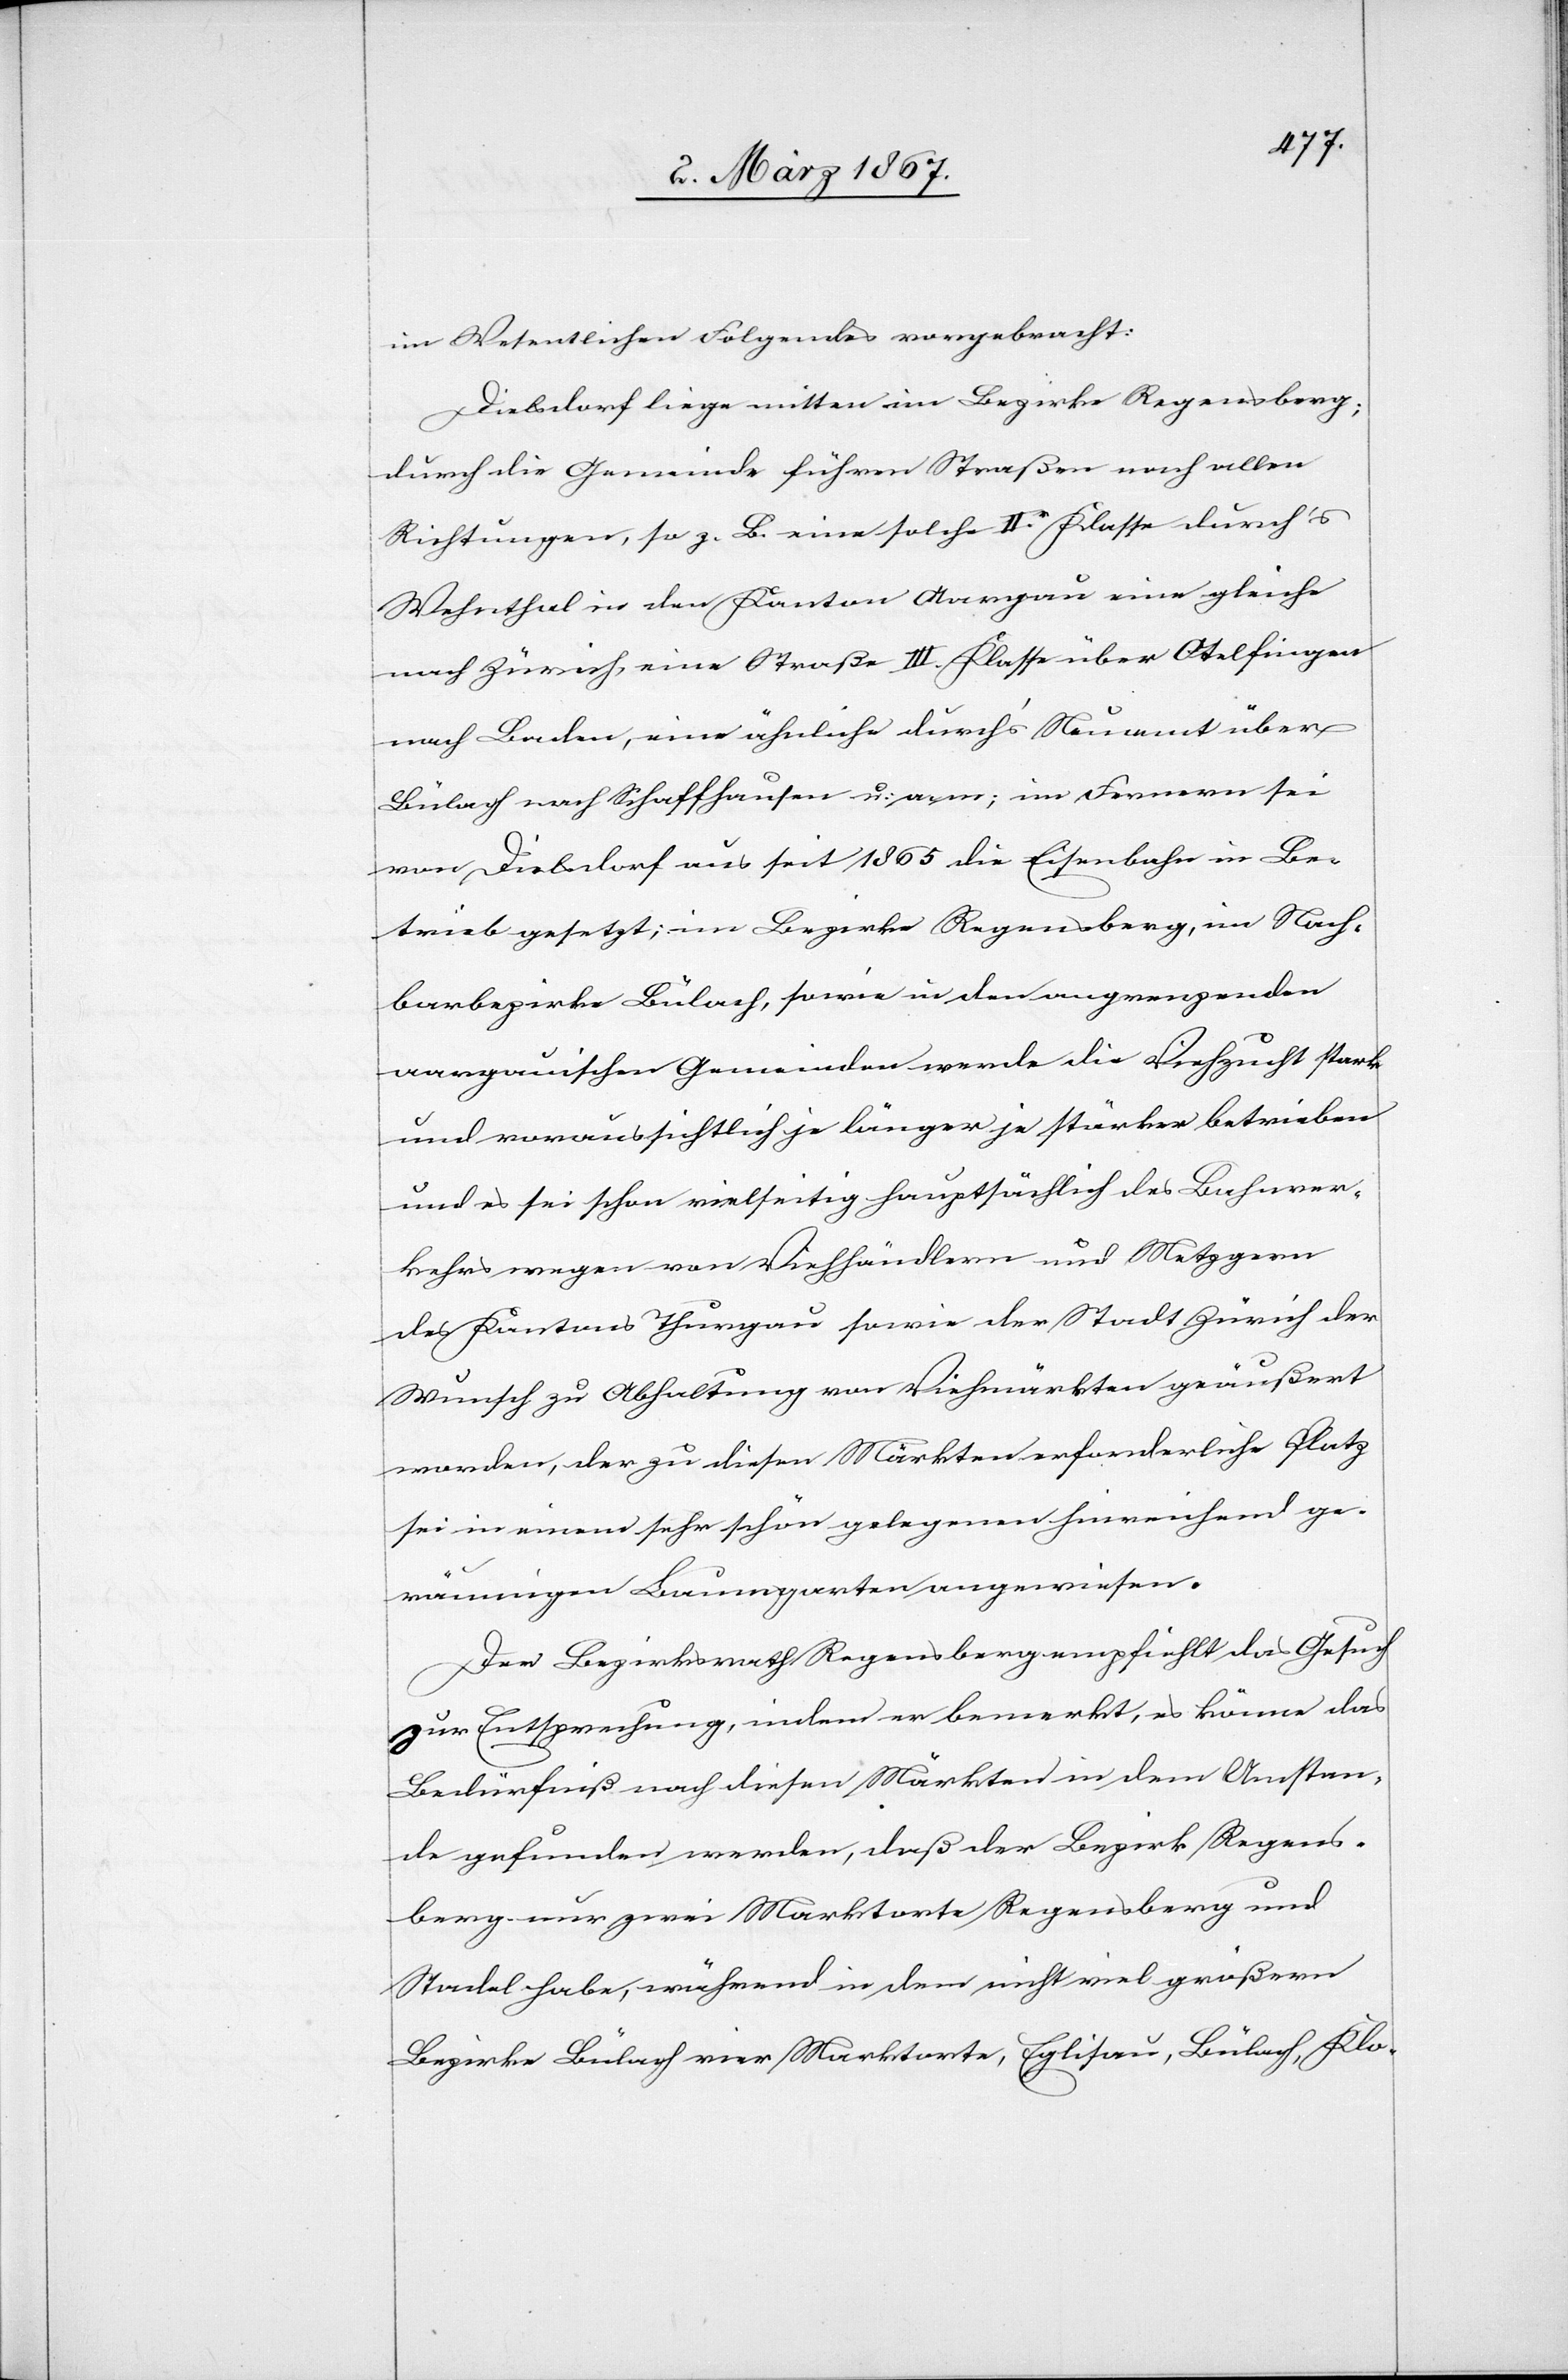
im Wesentlichen Folgendes vorgebracht:
Dielsdorf liege mitten im Bezirke Regensberg;
durch die Gemeinde führen Straßen nach allen
Richtungen, so z. B. eine solche II.r Klasse durch’s
Wehnthal in den Kanton Aargau eine gleiche
nach Zürich, eine Straße III. Klasse über Otelfingen
nach Baden, eine ähnliche durch’s Neuamt über
Bülach nach Schaffhausen u. s. w.; im Fernern sei
von Dielsdorf aus seit 1865 die Eisenbahn in Be¬
trieb gesetzt; im Bezirke Regensberg, im Nach¬
barbezirke Bülach, sowie in den angrenzenden
aargauischen Gemeinden werde die Viehzucht stark
und voraussichtlich je länger je stärker betrieben
und es sei schon vielseitig hauptsächlich des Bahnver¬
kehrs wegen von Viehhändlern und Metzgern
des Kantons Thurgau sowie der Stadt Zürich der
Wunsch zu Abhaltung von Viehmärkten geäußert
worden, der zu diesen Märkten erforderliche Platz
sei in einem sehr schön gelegenen hinreichend ge¬
räumigen Baumgarten angewiesen.
Der Bezirksrath Regensberg empfiehlt das Gesuch
zur Entsprechung, indem er bemerkt, es könne das
Bedürfniß nach diesen Märkten in dem Umstan¬
de gefunden werden, daß der Bezirk Regens¬
berg nur zwei Marktorte Regensberg und
Stadel habe, während in dem nicht viel größern
Bezirke Bülach vier Marktorte, Eglisau, Bülach, Klo-